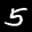
Label: 5